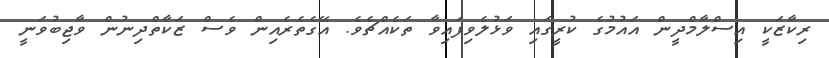
ރިކާޒަކީ އިސްލާމްދީން އައުމުގެ ކުރީގައި ވަޅުލެވިފައިވާ ތަކެއްޗެވެ. އޭގެތެރެއިން ވެސް ޒަކާތްދިނުން ވާޖިބުވަނީ